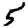
Digit: 5